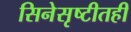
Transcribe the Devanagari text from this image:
सिनेसृष्टीतही